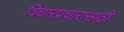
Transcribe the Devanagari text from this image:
विचारप्रचारासाठी